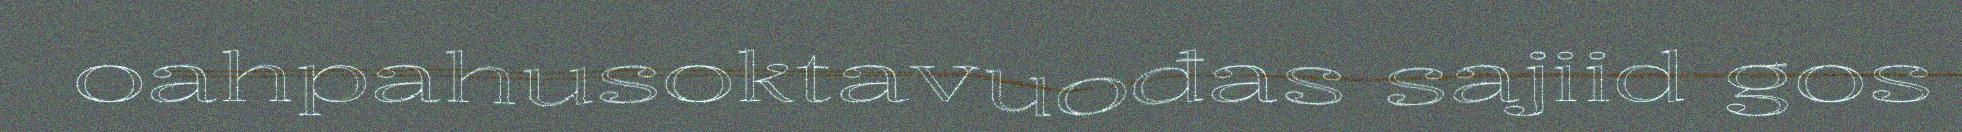
oahpahusoktavuođas sajiid gos